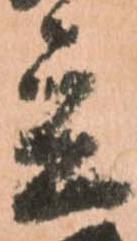
立